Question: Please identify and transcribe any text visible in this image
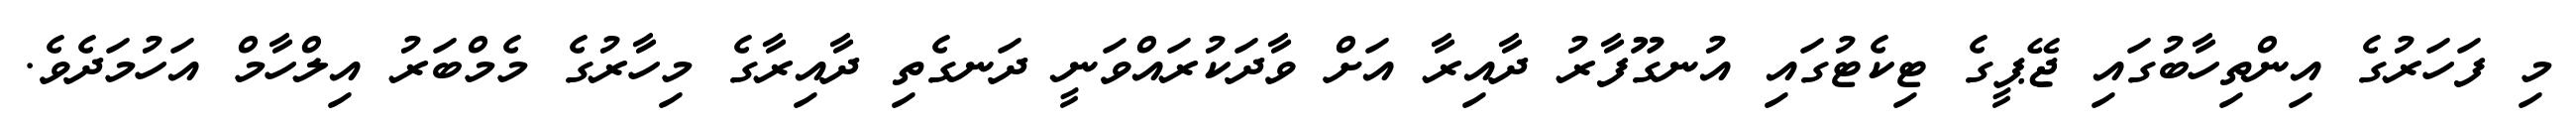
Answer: މި ފަހަރުގެ އިންތިހާބުގައި ޖޭޕީގެ ޓިކެޓުގައި އުނގޫފާރު ދާއިރާ އަށް ވާދަކުރައްވަނީ ދަނގެތި ދާއިރާގެ މިހާރުގެ މެމްބަރު އިލްހާމް އަހުމަދެވެ.